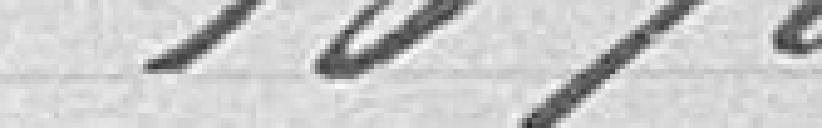
10%